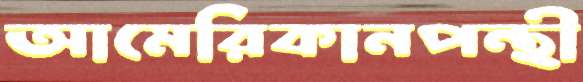
আমেরিকানপন্থী